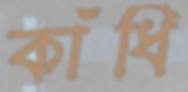
কাঁধি